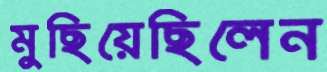
মুছিয়েছিলেন